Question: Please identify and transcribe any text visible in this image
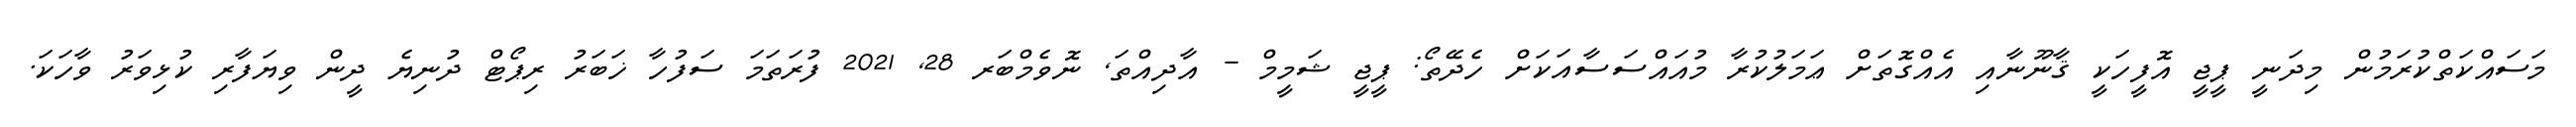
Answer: މަސައްކަތްކުރަމުން މިދަނީ ޕީޖީ އޮފީހަކީ ޤާނޫނާއި އެއްގޮތަށް ޢަމަލުކުރާ މުއައްސަސާއަކަށް ހެދޭތޯ: ޕީޖީ ޝަމީމް - އާދިއްތަ, ނޮވެމްބަރ 28, 2021 ފުރަތަމަ ސަފުހާ ޚަބަރު ރިޕޯޓް ދުނިޔެ ދީން ވިޔަފާރި ކުޅިވަރު ވާހަކަ.